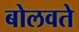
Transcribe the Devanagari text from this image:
बोलवते